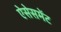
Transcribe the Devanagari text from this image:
ऐसेसमेंट